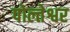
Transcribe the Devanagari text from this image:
पोल्तेश्वर